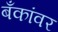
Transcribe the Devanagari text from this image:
बँकांवर